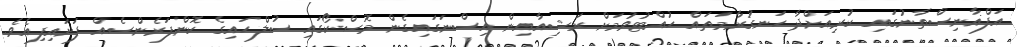
އަފްޣާނިސްތާނުގައި ކުރިއަށްދާ ހަނގުރާމަތައް ހުއްޓުވުމަށް ރަޝިއާއިން އިސްނަގައިގެން މޮސްކޯގައި ސުލްހައިގެ ކޮންފަރެންސެއް ފަށައިފިއެވެ.